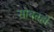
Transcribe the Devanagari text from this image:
सोबतही